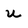
Character: u